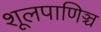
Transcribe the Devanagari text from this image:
शूलपाणिञ्च